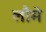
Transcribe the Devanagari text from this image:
लौमे